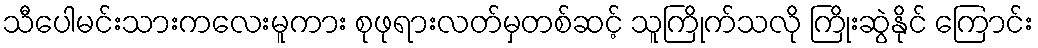
သီပေါမင်းသားကလေးမူကား စုဖုရားလတ်မှတစ်ဆင့် သူကြိုက်သလို ကြိုးဆွဲနိုင် ကြောင်း